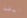
ايضا